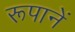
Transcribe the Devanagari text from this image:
रूपानें